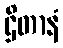
ဌိတာနံ